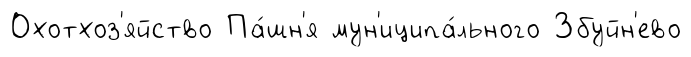
Охотхоз'яйство Па́шн'я мун'иципа́льного Збуйн'ево